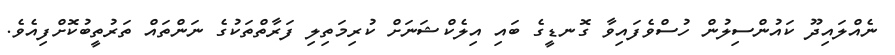
ނެއްލައިދޫ ކައުންސިލުން ހުސްވެފައިވާ ގޮނޑީގެ ބައި އިލެކްޝަނަށް ކުރިމަތިލި ފަރާތްތަކުގެ ނަންތައް ތަރުތީބުކޮށްފިއެވެ.